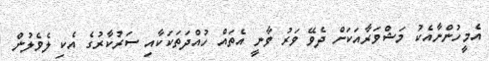
އެމީހުންނާއެކު މަޝްވަރާއަކަށް ދެވޭ ވަރު ވާނީ އެތައް ހުއްދަތަކަކާއި ސަރުކާރުގެ އެކި ލެވެލުން